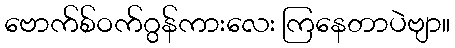
ဗောက်စ်ဝက်ဂွန်ကားလေး ကြနေတာပဲဗျာ။